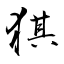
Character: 猉